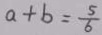
a + b = \frac { 5 } { 6 }